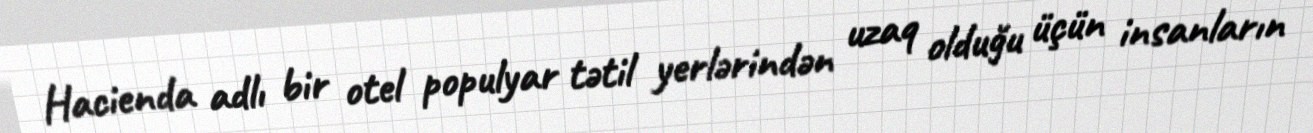
Hacienda adlı bir otel populyar tətil yerlərindən uzaq olduğu üçün insanların